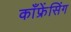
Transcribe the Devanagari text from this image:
काँफ्रेंसिंग